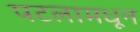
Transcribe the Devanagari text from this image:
पटलामधून